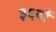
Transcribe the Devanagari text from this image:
३६वाँ